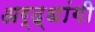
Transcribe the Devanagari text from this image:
अर्द्धांगी